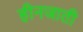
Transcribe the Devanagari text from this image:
हीनजाती